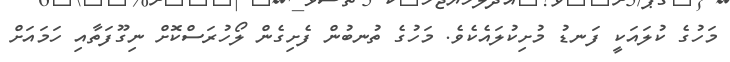
މަހުގެ ކުލައަކީ ފަނޑު މުށިކުލައެކެވެ. މަހުގެ ތުނބުން ފެށިގެން ލޯހުރަސްކޮށް ނިގޫފަތާއި ހަމައަށް